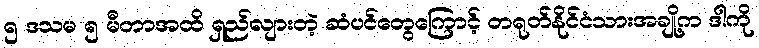
၅ ဒသမ ၅ မီတာအထိ ရှည်လျားတဲ့ ဆံပင်တွေကြောင့် တရုတ်နိုင်ငံသားအချို့က ဒါကို